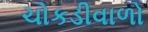
ચોકડીવાળો